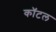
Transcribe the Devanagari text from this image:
कॉटल